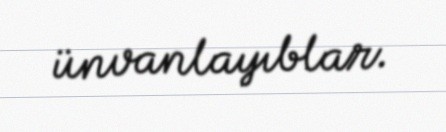
ünvanlayıblar.